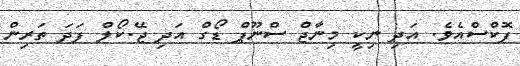
ފޮކްސްއެވެ. އަދި ނިކީ މިނާޖް ސްނޫޕް ޑޯގް އަދި ޖޭ.ކޯލް ފަދަ ތަރިން